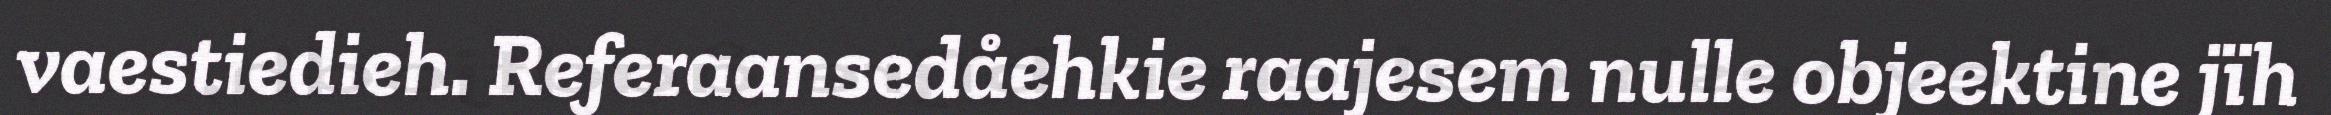
vaestiedieh. Referaansedåehkie raajesem nulle objeektine jïh